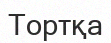
Тортқа